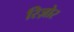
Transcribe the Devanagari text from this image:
रिज़ोर